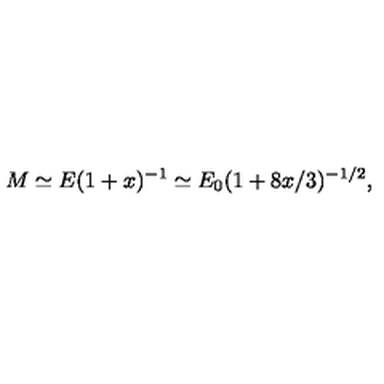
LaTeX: M \simeq E ( 1 + x ) ^ { - 1 } \simeq E _ { 0 } ( 1 + 8 x / 3 ) ^ { - 1 / 2 } ,